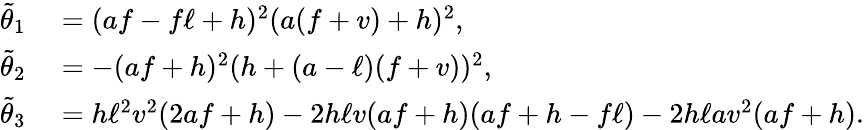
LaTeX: \begin{array}{rl}{\tilde{\theta}_{1}}&{{}=(af-f\ell+h)^{2}(a(f+v)+h)^{2},}\\ {\tilde{\theta}_{2}}&{{}=-(af+h)^{2}(h+(a-\ell)(f+v))^{2},}\\ {\tilde{\theta}_{3}}&{{}=h\ell^{2}v^{2}(2af+h)-2h\ell v(af+h)(af+h-f\ell)-2h\ell av^{2}(af+h).}\end{array}